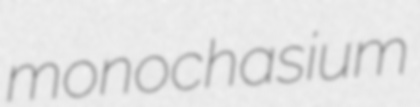
monochasium